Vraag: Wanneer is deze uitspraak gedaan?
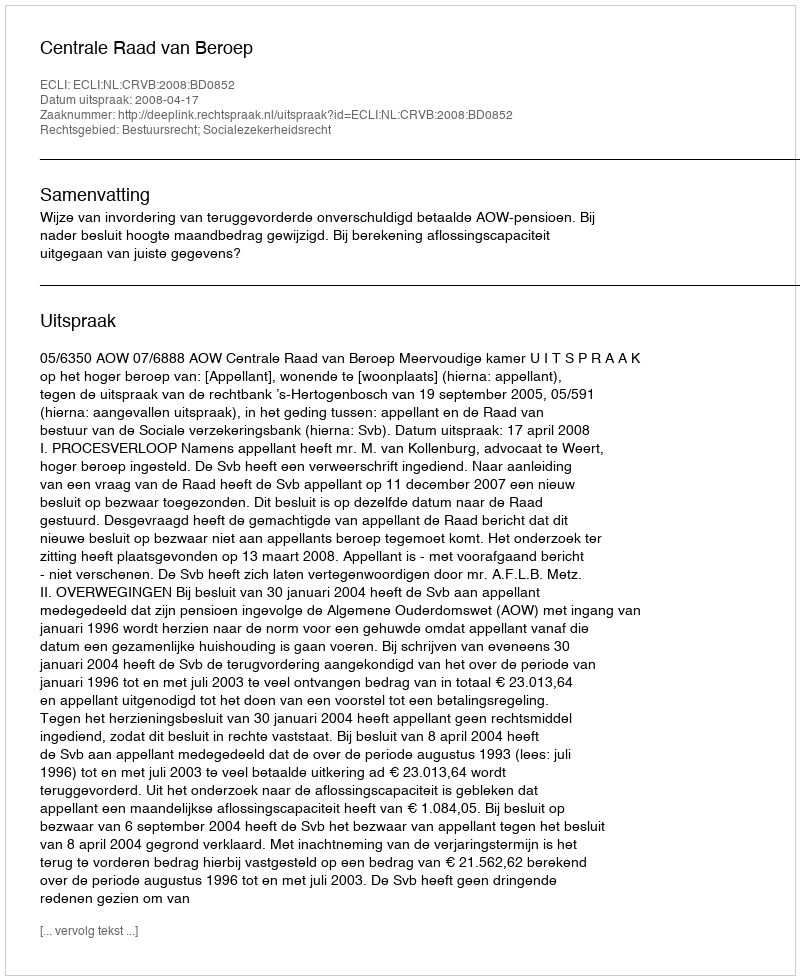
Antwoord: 2008-04-17